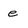
Character: e